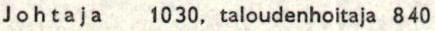
Johtaja 1030, taloudenhoitaja 840